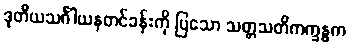
ဒုတိယသင်္ဂါယနတင်ခန်းကို ပြသော သတ္တသတိကက္ခန္ဓက